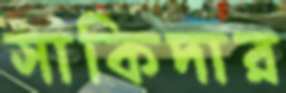
সাকিদার